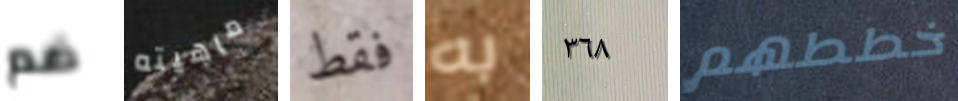
ضم ماهيته فقط به ٣٦٨ خططهم